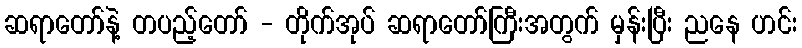
ဆရာတော်နဲ့ တပည့်တော် - တိုက်အုပ် ဆရာတော်ကြီးအတွက် မှန်းပြီး ညနေ ဟင်း